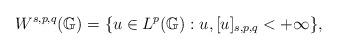
LaTeX: \begin{align*}W^{s,p,q}(\mathbb{G})=\{u\in L^{p}(\mathbb{G}): u , [u]_{s,p,q}<+\infty \},\end{align*}